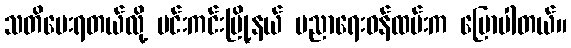
သတိပေးရတယ်လို့ မင်းကင်းမြို့နယ် ပညာရေးဝန်ထမ်းက ပြောပါတယ်။